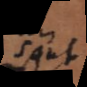
sont